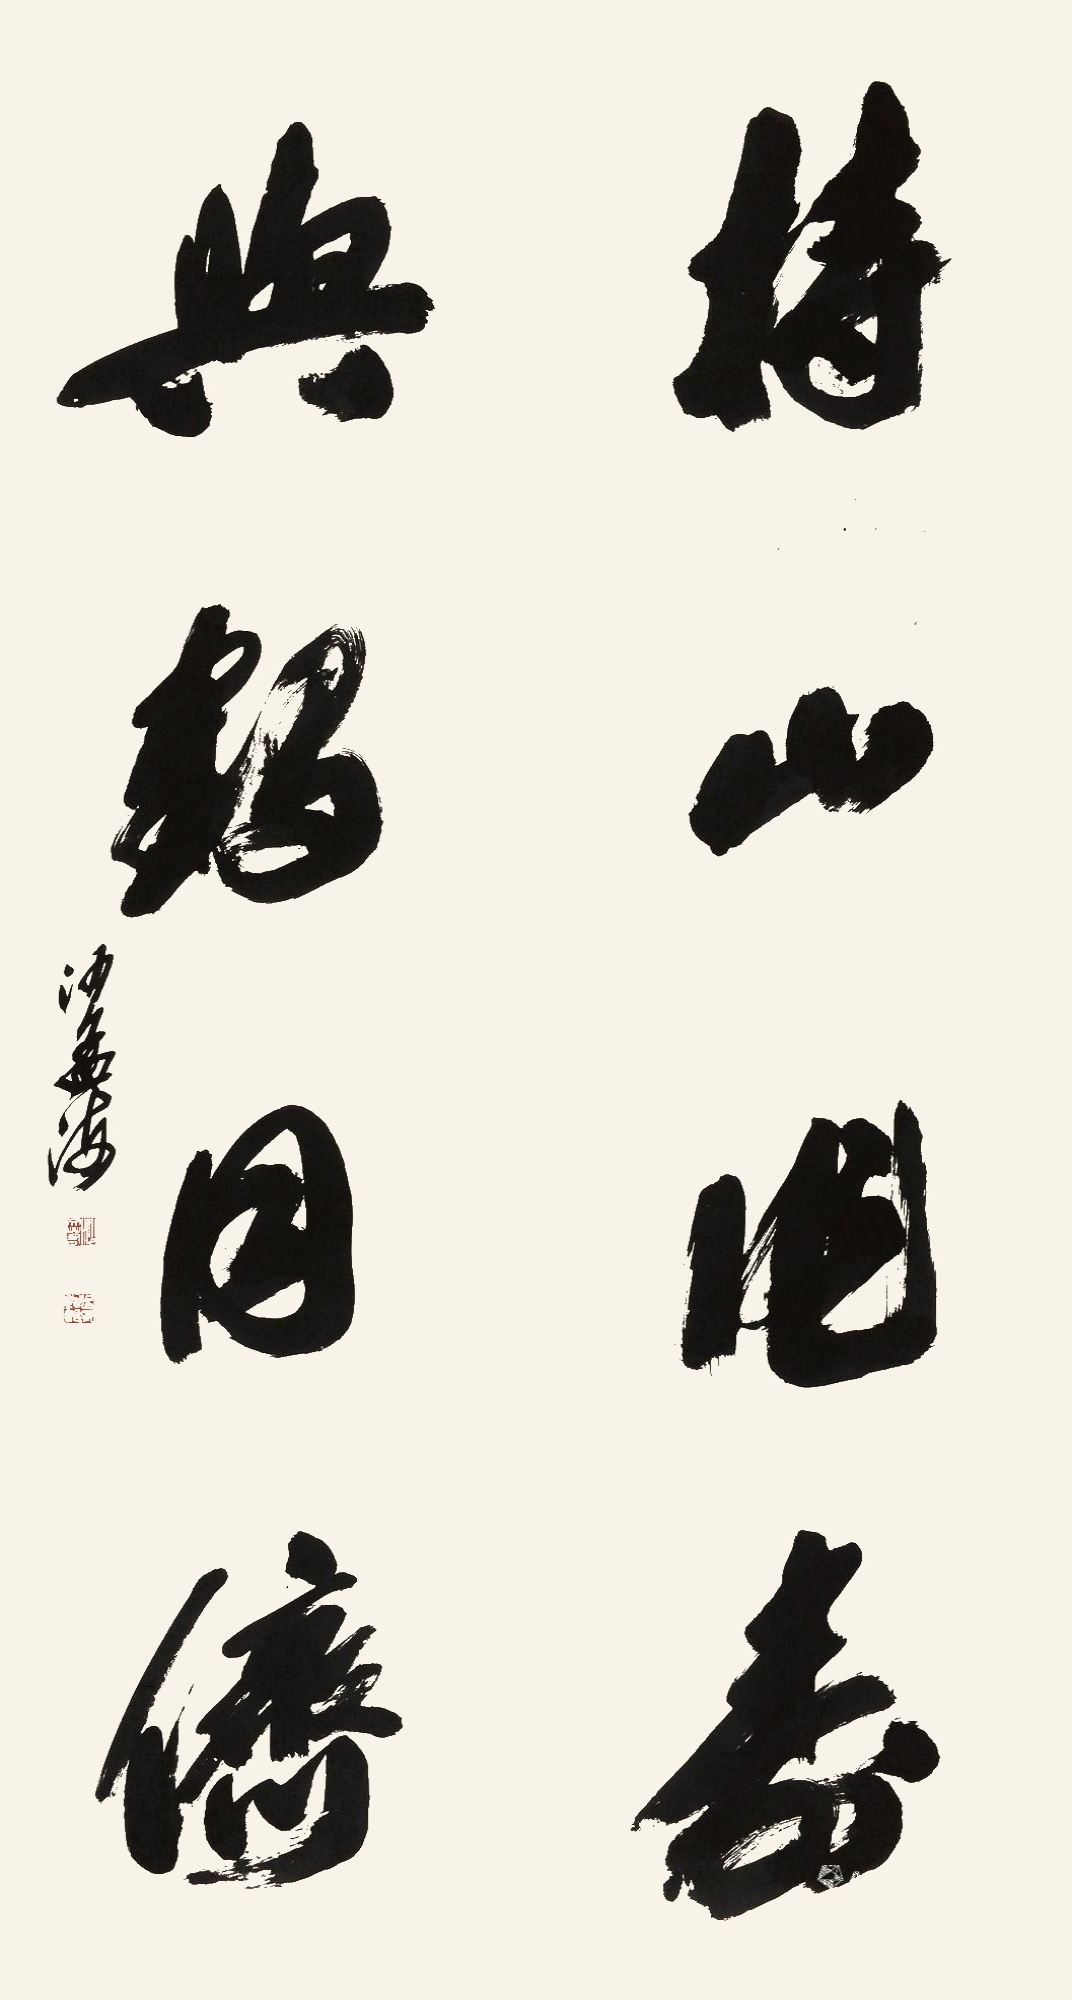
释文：持山作寿，与鹤同侪。沙孟海。